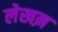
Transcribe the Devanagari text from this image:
लेखऩ